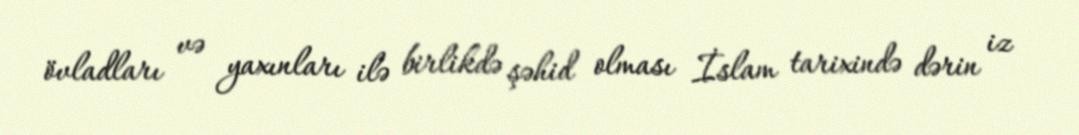
övladları və yaxınları ilə birlikdə şəhid olması İslam tarixində dərin iz